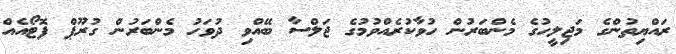
ރައްޔިތުންގެ މަޖިލީހުގެ މެންބަރުން ހުވާކުރެއްވުމުގެ ޖަލްސާ ބޭއްވި ދުވަހު މެންބަރުން ގުރޫޕް ފޮޓޯއެއް